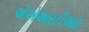
એએઆરટીઆઇ